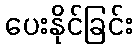
ပေးနိုင်ခြင်း